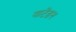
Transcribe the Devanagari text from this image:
याटेंडन